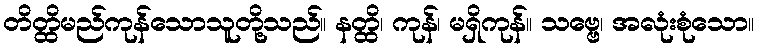
တိတ္ထိမည်ကုန်သောသူတို့သည်။ နတ္ထိ၊ ကုန်၊ မရှိကုန်။ သဗ္ဗေ၊ အလုံးစုံသော။